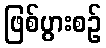
ဖြစ်ပွားစဉ်